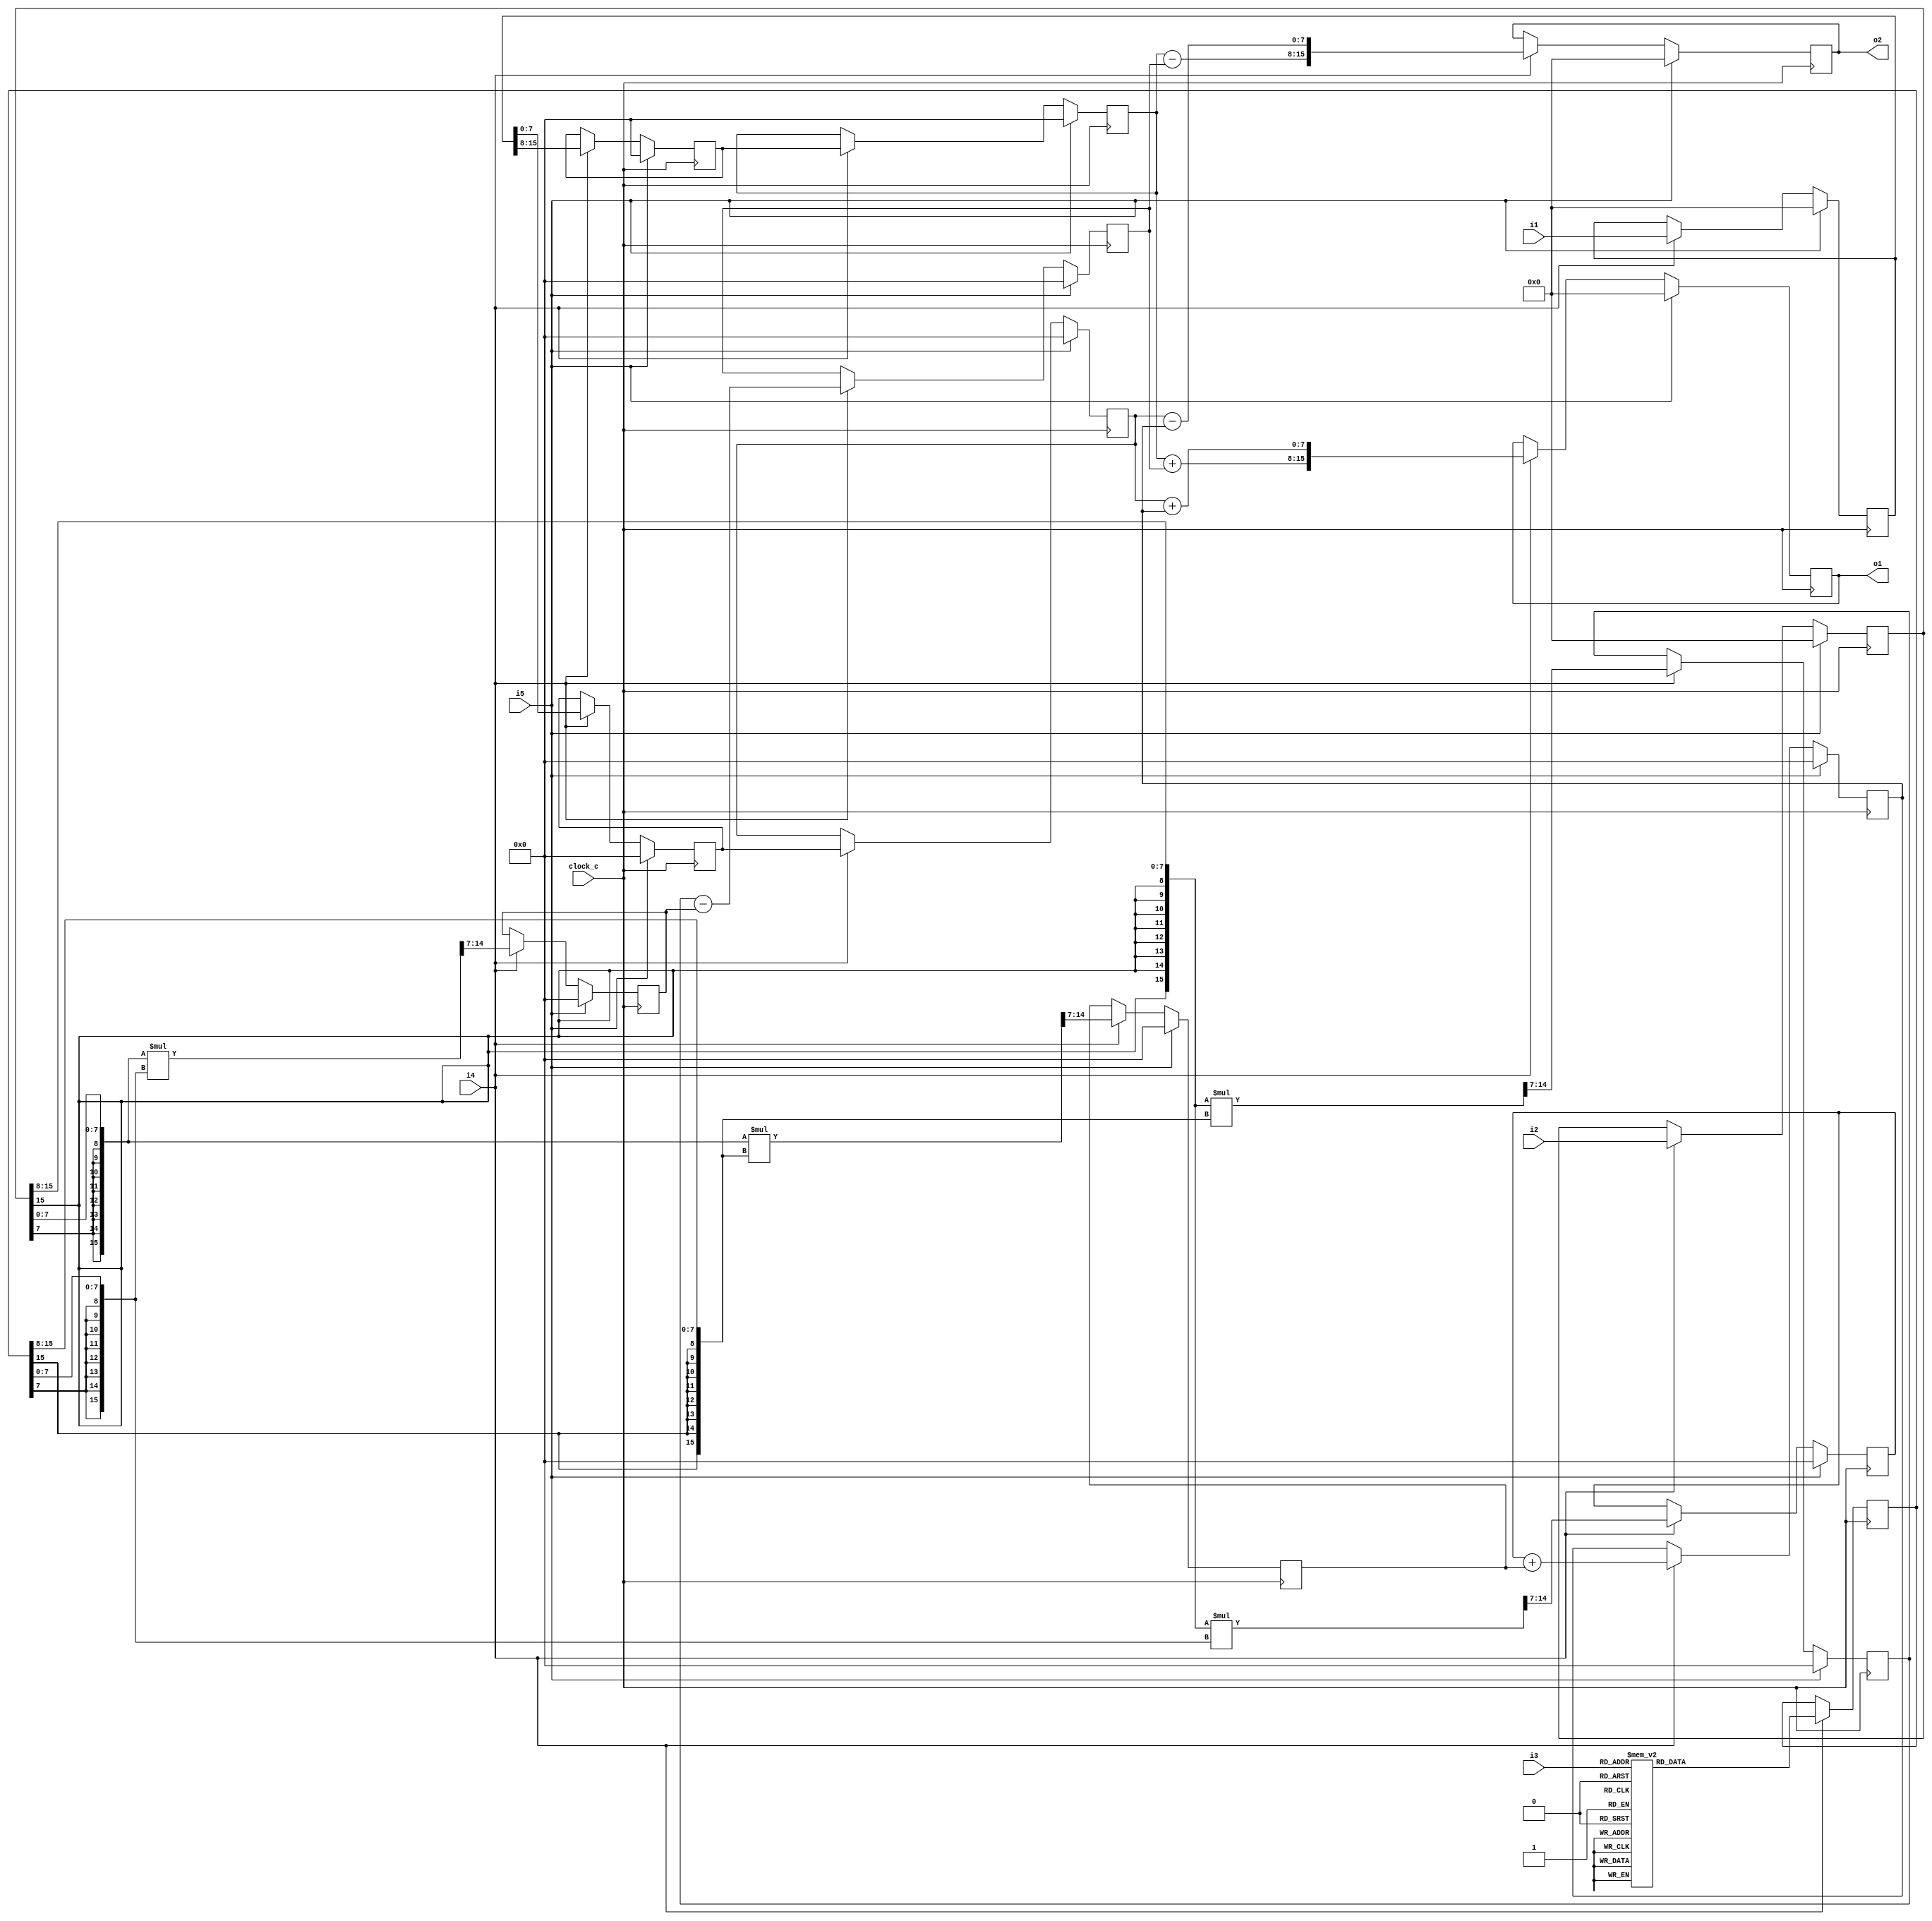
module cf_fft_1024_8_12 (clock_c, i1, i2, i3, i4, i5, o1, o2);
input  clock_c;
input  [15:0] i1;
input  [15:0] i2;
input  [3:0] i3;
input  i4;
input  i5;
output [15:0] o1;
output [15:0] o2;
reg    [15:0] n1;
wire   [7:0] n2;
wire   [7:0] n3;
reg    [15:0] n4;
wire   [7:0] n5;
wire   [7:0] n6;
reg    [7:0] n7;
reg    [7:0] n8;
reg    [7:0] n9;
reg    [7:0] n10;
reg    [15:0] n11;
wire   [7:0] n12;
wire   [7:0] n13;
wire   [15:0] n14;
wire   [7:0] n15;
reg    [7:0] n16;
wire   [15:0] n17;
wire   [7:0] n18;
reg    [7:0] n19;
wire   [7:0] n20;
reg    [7:0] n21;
wire   [15:0] n22;
wire   [7:0] n23;
reg    [7:0] n24;
wire   [15:0] n25;
wire   [7:0] n26;
reg    [7:0] n27;
wire   [7:0] n28;
reg    [7:0] n29;
wire   [7:0] n30;
wire   [7:0] n31;
wire   [15:0] n32;
reg    [15:0] n33;
wire   [7:0] n34;
wire   [7:0] n35;
wire   [15:0] n36;
reg    [15:0] n37;
initial n1 = 16'b0000000000000000;
always @ (posedge clock_c)
  if (i5 == 1'b1)
    n1 <= 16'b0000000000000000;
  else if (i4 == 1'b1)
    n1 <= i1;
assign n2 = {n1[15],
  n1[14],
  n1[13],
  n1[12],
  n1[11],
  n1[10],
  n1[9],
  n1[8]};
assign n3 = {n1[7],
  n1[6],
  n1[5],
  n1[4],
  n1[3],
  n1[2],
  n1[1],
  n1[0]};
initial n4 = 16'b0000000000000000;
always @ (posedge clock_c)
  if (i5 == 1'b1)
    n4 <= 16'b0000000000000000;
  else if (i4 == 1'b1)
    n4 <= i2;
assign n5 = {n4[15],
  n4[14],
  n4[13],
  n4[12],
  n4[11],
  n4[10],
  n4[9],
  n4[8]};
assign n6 = {n4[7],
  n4[6],
  n4[5],
  n4[4],
  n4[3],
  n4[2],
  n4[1],
  n4[0]};
initial n7 = 8'b00000000;
always @ (posedge clock_c)
  if (i5 == 1'b1)
    n7 <= 8'b00000000;
  else if (i4 == 1'b1)
    n7 <= n2;
initial n8 = 8'b00000000;
always @ (posedge clock_c)
  if (i5 == 1'b1)
    n8 <= 8'b00000000;
  else if (i4 == 1'b1)
    n8 <= n7;
initial n9 = 8'b00000000;
always @ (posedge clock_c)
  if (i5 == 1'b1)
    n9 <= 8'b00000000;
  else if (i4 == 1'b1)
    n9 <= n3;
initial n10 = 8'b00000000;
always @ (posedge clock_c)
  if (i5 == 1'b1)
    n10 <= 8'b00000000;
  else if (i4 == 1'b1)
    n10 <= n9;
initial n11 = 16'b0000000000000000;
always @ (posedge clock_c)
  if (i4 == 1'b1)
    case (i3)
      4'b0000 : n11 <= 16'b0111111100000000;
      4'b0001 : n11 <= 16'b0111110111100111;
      4'b0010 : n11 <= 16'b0111011011001111;
      4'b0011 : n11 <= 16'b0110101010111000;
      4'b0100 : n11 <= 16'b0101101010100101;
      4'b0101 : n11 <= 16'b0100011110010101;
      4'b0110 : n11 <= 16'b0011000010001001;
      4'b0111 : n11 <= 16'b0001100010000010;
      4'b1000 : n11 <= 16'b0000000010000000;
      4'b1001 : n11 <= 16'b1110011110000010;
      4'b1010 : n11 <= 16'b1100111110001001;
      4'b1011 : n11 <= 16'b1011100010010101;
      4'b1100 : n11 <= 16'b1010010110100101;
      4'b1101 : n11 <= 16'b1001010110111000;
      4'b1110 : n11 <= 16'b1000100111001111;
      4'b1111 : n11 <= 16'b1000001011100111;
      default : n11 <= 16'bxxxxxxxxxxxxxxxx;
    endcase
assign n12 = {n11[15],
  n11[14],
  n11[13],
  n11[12],
  n11[11],
  n11[10],
  n11[9],
  n11[8]};
assign n13 = {n11[7],
  n11[6],
  n11[5],
  n11[4],
  n11[3],
  n11[2],
  n11[1],
  n11[0]};
assign n14 = {{8{n5[7]}}, n5} * {{8{n12[7]}}, n12};
assign n15 = {n14[14],
  n14[13],
  n14[12],
  n14[11],
  n14[10],
  n14[9],
  n14[8],
  n14[7]};
initial n16 = 8'b00000000;
always @ (posedge clock_c)
  if (i5 == 1'b1)
    n16 <= 8'b00000000;
  else if (i4 == 1'b1)
    n16 <= n15;
assign n17 = {{8{n6[7]}}, n6} * {{8{n13[7]}}, n13};
assign n18 = {n17[14],
  n17[13],
  n17[12],
  n17[11],
  n17[10],
  n17[9],
  n17[8],
  n17[7]};
initial n19 = 8'b00000000;
always @ (posedge clock_c)
  if (i5 == 1'b1)
    n19 <= 8'b00000000;
  else if (i4 == 1'b1)
    n19 <= n18;
assign n20 = n16 - n19;
initial n21 = 8'b00000000;
always @ (posedge clock_c)
  if (i5 == 1'b1)
    n21 <= 8'b00000000;
  else if (i4 == 1'b1)
    n21 <= n20;
assign n22 = {{8{n5[7]}}, n5} * {{8{n13[7]}}, n13};
assign n23 = {n22[14],
  n22[13],
  n22[12],
  n22[11],
  n22[10],
  n22[9],
  n22[8],
  n22[7]};
initial n24 = 8'b00000000;
always @ (posedge clock_c)
  if (i5 == 1'b1)
    n24 <= 8'b00000000;
  else if (i4 == 1'b1)
    n24 <= n23;
assign n25 = {{8{n6[7]}}, n6} * {{8{n12[7]}}, n12};
assign n26 = {n25[14],
  n25[13],
  n25[12],
  n25[11],
  n25[10],
  n25[9],
  n25[8],
  n25[7]};
initial n27 = 8'b00000000;
always @ (posedge clock_c)
  if (i5 == 1'b1)
    n27 <= 8'b00000000;
  else if (i4 == 1'b1)
    n27 <= n26;
assign n28 = n24 + n27;
initial n29 = 8'b00000000;
always @ (posedge clock_c)
  if (i5 == 1'b1)
    n29 <= 8'b00000000;
  else if (i4 == 1'b1)
    n29 <= n28;
assign n30 = n8 + n21;
assign n31 = n10 + n29;
assign n32 = {n30, n31};
initial n33 = 16'b0000000000000000;
always @ (posedge clock_c)
  if (i5 == 1'b1)
    n33 <= 16'b0000000000000000;
  else if (i4 == 1'b1)
    n33 <= n32;
assign n34 = n8 - n21;
assign n35 = n10 - n29;
assign n36 = {n34, n35};
initial n37 = 16'b0000000000000000;
always @ (posedge clock_c)
  if (i5 == 1'b1)
    n37 <= 16'b0000000000000000;
  else if (i4 == 1'b1)
    n37 <= n36;
assign o2 = n37;
assign o1 = n33;
endmodule